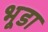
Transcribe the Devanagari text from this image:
भूडा